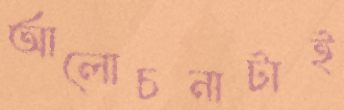
আলোচনাটাই